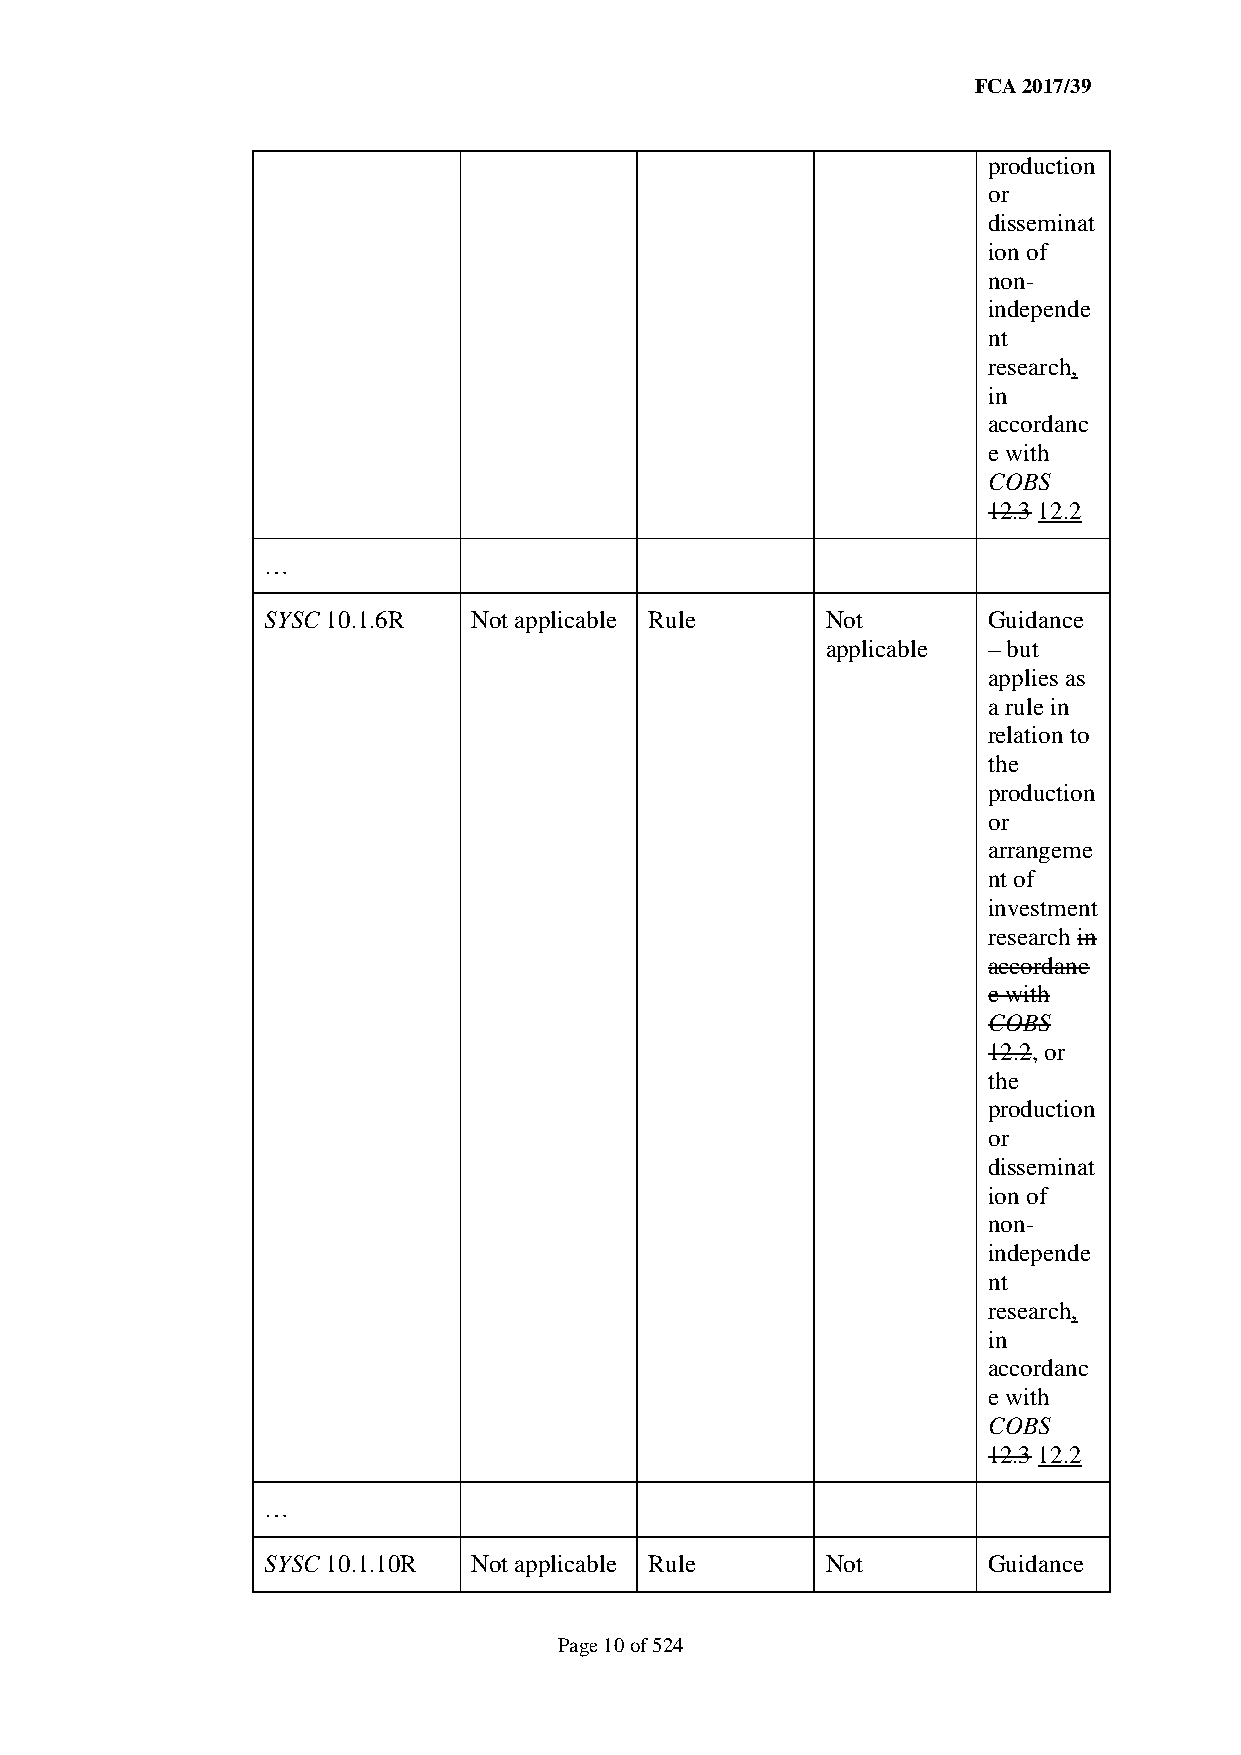
FCA 2017/39
 production
 or
 disseminat
 ion of
 non-
 independe
 nt
 research,
 in
 accordanc
 e with
 COBS
 12.3 12.2
 …
 SYSC 10.1.6R  Not applicable Rule     Not       Guidance
 applicable – but
 applies as
 a rule in
 relation to
 the
 production
 or
 arrangeme
 nt of
 investment
 research in
 accordanc
 e with
 COBS
 12.2, or
 the
 production
 or
 disseminat
 ion of
 non-
 independe
 nt
 research,
 in
 accordanc
 e with
 COBS
 12.3 12.2
 …
 SYSC 10.1.10R Not applicable Rule     Not       Guidance
 Page 10 of 524